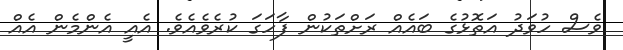
ވެސް ހުވަދު އަތޮޅުގެ ބައެއް ރަށްތަކުން ފާހަގަ ކުރެވެއެވެ. އެއީ އެންމެން އެއް